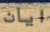
ايان